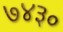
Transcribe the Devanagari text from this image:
७४३०